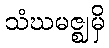
သံဃမဇ္ဈမှိ